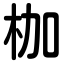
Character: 枷